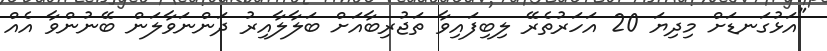
"އަޅުގަނޑަށް މިދިޔަ 20 އަހަރުތެރޭ ލިބިފައިވާ ތަޖުރިބާއަށް ބަލާލާއިރު ދަންނަވާލަން ބޭނުންވާ އެއް